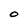
Character: O